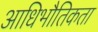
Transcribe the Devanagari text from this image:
आधिभौतिकता